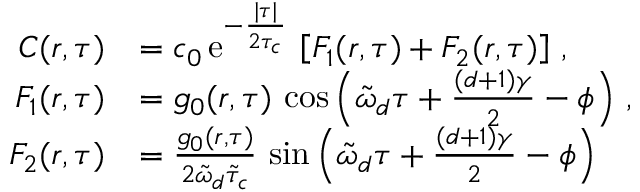
\begin{array} { r l } { C ( r , \tau ) } & { = c _ { 0 } \, \mathrm { e } ^ { - \frac { \lvert \tau \rvert } { 2 \tau _ { c } } } \, \left[ F _ { 1 } ( r , \tau ) + F _ { 2 } ( r , \tau ) \right] \, , } \\ { F _ { 1 } ( r , \tau ) } & { = g _ { 0 } ( r , \tau ) \, \cos \left( \tilde { \omega } _ { d } \tau + \frac { ( d + 1 ) \gamma } { 2 } - \phi \right) \, , } \\ { F _ { 2 } ( r , \tau ) } & { = \frac { g _ { 0 } ( r , \tau ) } { 2 \tilde { \omega } _ { d } \tilde { \tau } _ { c } } \, \sin \left( \tilde { \omega } _ { d } \tau + \frac { ( d + 1 ) \gamma } { 2 } - \phi \right) } \end{array}